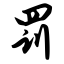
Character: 罚